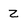
Character: Z